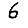
Digit: 6